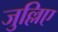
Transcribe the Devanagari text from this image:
जुल्लिए